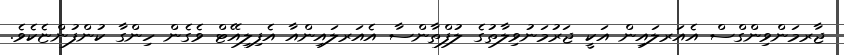
ޖާރމަންވިންގްސް އެއަރލައިން އަކީ ޖަރުމަނުވިލާތުގެ ލުފްތާންސާ އެއަރލައިންއާ އެފިލިއޭޓް ވެގެން ހިންގާ ކުންފުންޏެކެވެ.